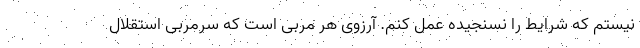
نیستم که شرایط را نسنجیده عمل کنم. آرزوی هر مربی است که سرمربی استقلال